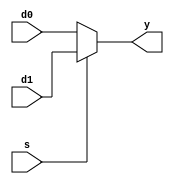
// vim: set expandtab:

module mux2 (
    d0,
    d1,
    s,
    y
);
    parameter WIDTH = 8;
    input wire [WIDTH - 1:0] d0;
    input wire [WIDTH - 1:0] d1;
    input wire s;
    output wire [WIDTH - 1:0] y;
    assign y = (s ? d1 : d0);
endmodule